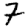
Digit: 7